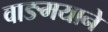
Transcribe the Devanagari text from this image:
वाङमयाने